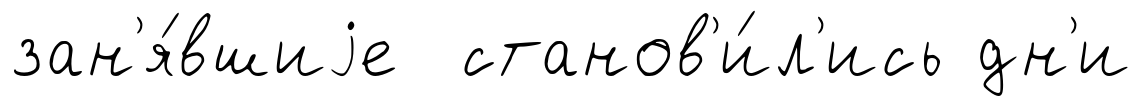
зан'я́вшиjе станов'и́л'ись дн'и